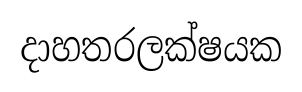
දාහතරලක්ෂයක